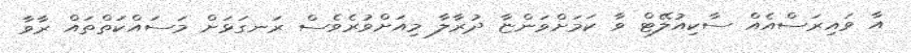
އާ ވައިރަސްއެއް ސާކިއުލޭޓް ވާ ކަމަށްވަންޏާ ދުރާލާ މިއަށްވުރެވެސް ރަނގަޅަށް މަސައްކަތްތައް ރާވާ